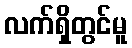
လက်ရှိတွင်မူ